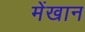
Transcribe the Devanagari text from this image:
मेंखान